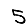
Digit: 5